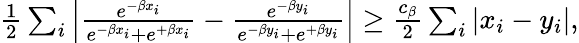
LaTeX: \begin{array}{r}{\frac{1}{2}\sum_{i}\left|\frac{e^{-\beta x_{i}}}{e^{-\beta x_{i}}+e^{+\beta x_{i}}}-\frac{e^{-\beta y_{i}}}{e^{-\beta y_{i}}+e^{+\beta y_{i}}}\right|\geq\frac{c_{\beta}}{2}\sum_{i}\left|x_{i}-y_{i}\right|,}\end{array}